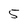
Character: 5